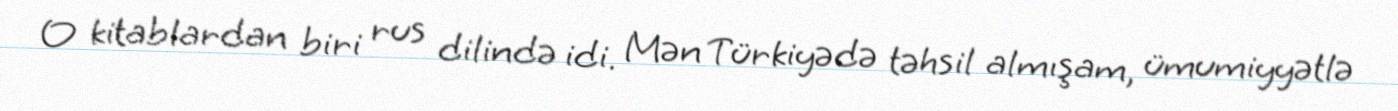
O kitablardan biri rus dilində idi. Mən Türkiyədə təhsil almışam, ümumiyyətlə